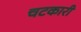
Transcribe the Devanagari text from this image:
चटकारी